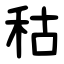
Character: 秙